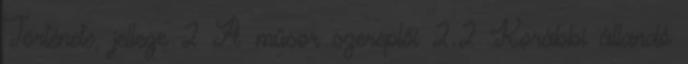
Története, jellege 2 A műsor szereplői 2.2 Korábbi állandó